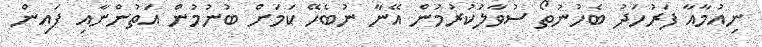
ނިއުމާއާ ފަރުހަދު ބެހުނުތޯ ސުވާލުކުރުމުން އޭނާ ނުބެހޭ ކަމަށް ބުނުމުން އަތުންނާއި ފައިން